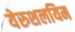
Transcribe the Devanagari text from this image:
येरुशलयिम